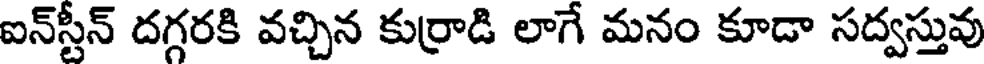
ఐన్స్టీన్ దగ్గరకి వచ్చిన కుర్రాడి లాగే మనం కూడా సద్వస్తువు